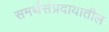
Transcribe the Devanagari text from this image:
समर्थसंप्रदायातील